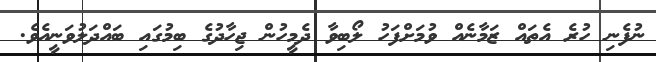
ނުފެނި ހުރެ އެތައް ޒަމާނެއް ވުމަށްފަހު ލޯބިވާ ދެމީހުން ޖިހާދުގެ ބިމުގައި ބައްދަލުވަނީއެވެ.